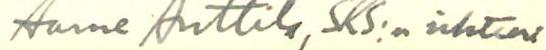
Aarne Anttila, SKS:n sihteeri